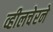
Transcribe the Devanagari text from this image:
व्हीलचेरने